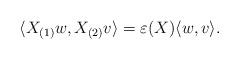
LaTeX: \begin{align*}\langle X_{(1)} w, X_{(2)} v \rangle = \varepsilon(X) \langle w, v \rangle.\end{align*}